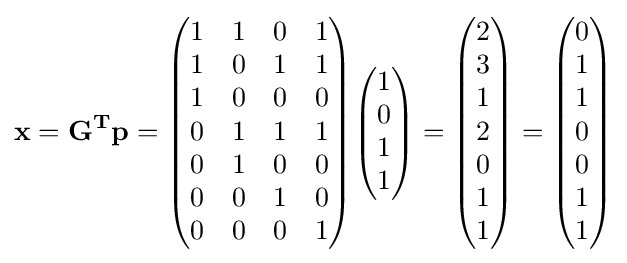
\mathbf {x} =\mathbf {G^{T}} \mathbf {p} ={\begin{pmatrix}1&1&0&1\\1&0&1&1\\1&0&0&0\\0&1&1&1\\0&1&0&0\\0&0&1&0\\0&0&0&1\\\end{pmatrix}}{\begin{pmatrix}1\\0\\1\\1\end{pmatrix}}={\begin{pmatrix}2\\3\\1\\2\\0\\1\\1\end{pmatrix}}={\begin{pmatrix}0\\1\\1\\0\\0\\1\\1\end{pmatrix}}